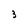
Character: 3